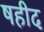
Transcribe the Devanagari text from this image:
षहीद